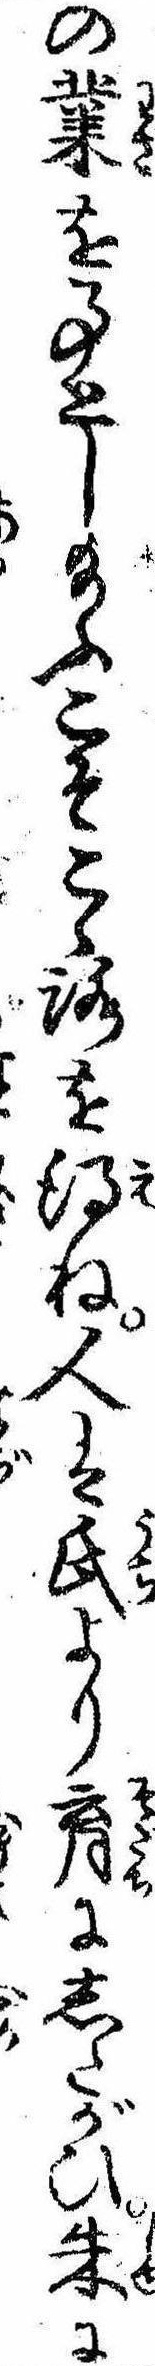
の業を事とし給ふこそこゝろを得ね人は氏より育にしたがひ朱に